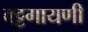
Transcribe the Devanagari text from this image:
वट्टगायणी